Report on sanitation, dispensaries, and jails in Rajputana for 1911, and on vaccination for the year 1911-1912 - 1911-1912
Year: 1911
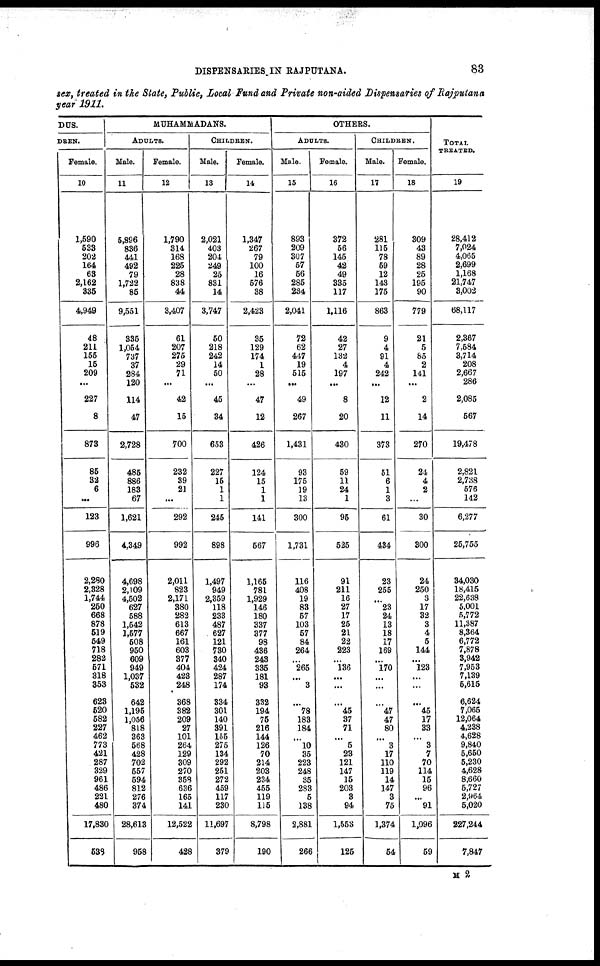
DISPENSARIES IN RAJPUTANA.
83
sex, treated in the State, Public, Local Fund and Private non-aided Dispensaries of Rajputana
year 1911.
DUS.
DREN.
Female.
10
1,590
533
202
164
63
2,162
335
4,949
48
211
155
15
209
...
227
8
873
85
32
6
...
123
996
2,280
2,328
1,744
250
668
878
519
549
718
282
571
318
353
623
520
582
227
462
773
421
287
329
961
486
221
480
17,830
538
MUHAMMADANS.
ADULTS.
Male.
11
5,896
836
441
492
79
1,722
85
9,551
335
1,054
737
37
284
120
114
47
2,728
485
886
183
67
1,621
4,349
4,698
2,109
4,502
627
588
1,542
1,577
508
950
609
949
1,037
532
642
1,195
1,056
818
363
568
428
702
557
594
812
276
374
28,613
958
Female.
12
1,790
314
168
225
28
838
44
3,407
61
207
275
29
71
...
42
15
700
232
39
21
...
292
992
2,011
823
2,171
380
282
613
667
161
603
377
404
423
248
368
382
209
27
101
264
129
309
270
358
636
165
141
12,522
428
CHILDREN.
Male.
13
2,021
403
204
249
25
831
14
3,747
50
218
242
14
50
...
45
34
653
227
15
1
1
245
898
1,497
949
2,359
118
233
487
627
121
730
340
424
287
174
334
301
140
391
155
275
134
292
251
272
459
117
230
11,697
379
Female.
14
1,347
267
79
100
16
576
38
2,423
35
129
174
1
28
...
47
12
426
124
15
1
1
141
567
1,165
781
1,929
146
180
337
377
98
436
243
335
181
93
332
194
75
216
144
126
70
214
203
234
455
119
115
8,798
190
OTHERS.
ADULTS.
Male.
15
893
209
307
57
56
285
234
2,041
72
62
447
19
515
...
49
267
1,431
93
175
19
13
300
1,731
116
408
19
83
57
103
57
84
264
...
265
...
3
...
78
183
184
...
10
35
223
248
35
283
5
138
2,881
266
Female.
16
372
56
145
42
49
335
117
1,116
42
27
132
4
197
...
8
20
430
59
11
24
1
95
525
91
211
16
27
17
25
21
22
223
...
136
...
...
...
45
37
71
...
5
23
121
147
15
203
3
94
1,553
125
CHILDREN.
Male.
17
281
115
78
59
12
143
175
863
9
4
91
4
242
...
12
11
373
51
6
1
3
61
434
23
255
...
23
24
13
18
17
169
...
170
...
...
...
47
47
80
...
3
17
110
119
14
147
3
75
1,374
54
Female.
18
309
43
89
28
25
195
90
779
21
5
85
2
141
...
2
14
270
24
4
2
...
30
300
24
250
3
17
32
3
4
5
144
...
123
...
...
...
45
17
33
...
3
7
70
114
15
96
...
91
1,096
59
TOTAL
TREATED.
19
28,412
7,024
4,065
2,699
1,168
21,747
3,002
68,117
2,367
7,584
3,714
208
2,667
286
2,085
567
19,478
2,821
2,738
576
142
6,277
25,755
34,030
18,415
22,638
5,001
5,772
11,387
8,364
6,772
7,878
3,942
7,953
7,139
5,615
6,624
7,065
12,064
4,238
4,628
9,840
5,650
5,230
4,628
8,660
5,727
2,964
5,020
227,244
7,847
M 2